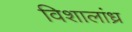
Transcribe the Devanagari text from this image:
विशालांध्र